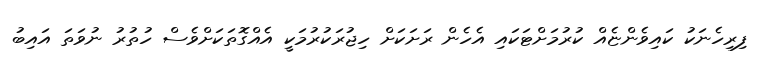
ފިރިހެނަކު ކައިވެންޏެއް ކުރުމަށްޓަކައި އެހެން ރަށަކަށް ހިޖުރަކުރުމަކީ އެއްގޮތަކަށްވެސް ހުތުރު ނުވަތަ އައިބު